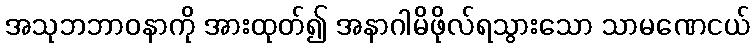
အသုဘဘာဝနာကို အားထုတ်၍ အနာဂါမိဖိုလ်ရသွားသော သာမဏေငယ်